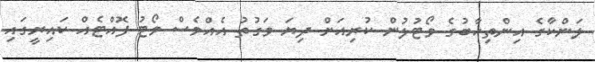
ލަންކާގެ އިންތިޚާބުގެ ވޯޓުލުން ކުރިއަށް ދިޔަ ވަގުތު އެއްވެސް ވޯޓު ފޮއްޓެއް ކައިރީގައި